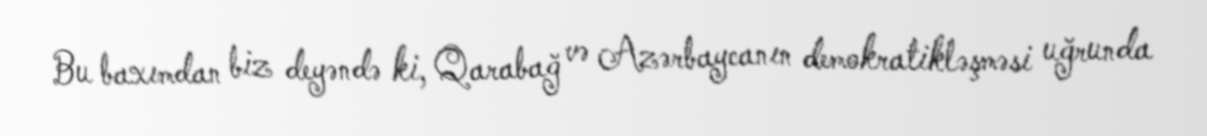
Bu baxımdan biz deyəndə ki, Qarabağ və Azərbaycanın demokratikləşməsi uğrunda